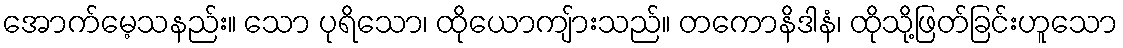
အောက်မေ့သနည်း။ သော ပုရိသော၊ ထိုယောကျ်ားသည်။ တကောနိဒါနံ၊ ထိုသို့ဖြတ်ခြင်းဟူသော